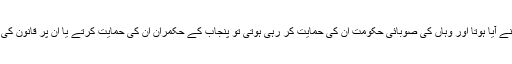
اگر ایسا ہی طرز عمل اور ردعمل بلوچستان یا سندھ کے افسران کی طرف سے سامنے آیا ہوتا اور وہاں کی صوبائی حکومت ان کی حمایت کر رہی ہوتی تو پنجاب کے حکمران ان کی حمایت کرتے یا ان پر قانون کی خلاف ورزی اور وفاقی اداروں کے خلاف بے بنیاد مہم چلانے کا الزام عائد کرتے۔